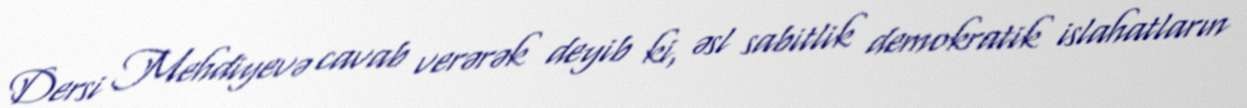
Dersi Mehdiyevə cavab verərək deyib ki, əsl sabitlik demokratik islahatların